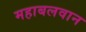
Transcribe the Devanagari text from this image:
महाबलवान